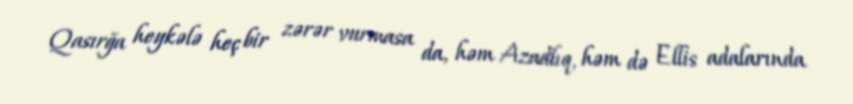
Qasırğa heykələ heç bir zərər vurmasa da, həm Azadlıq, həm də Ellis adalarında